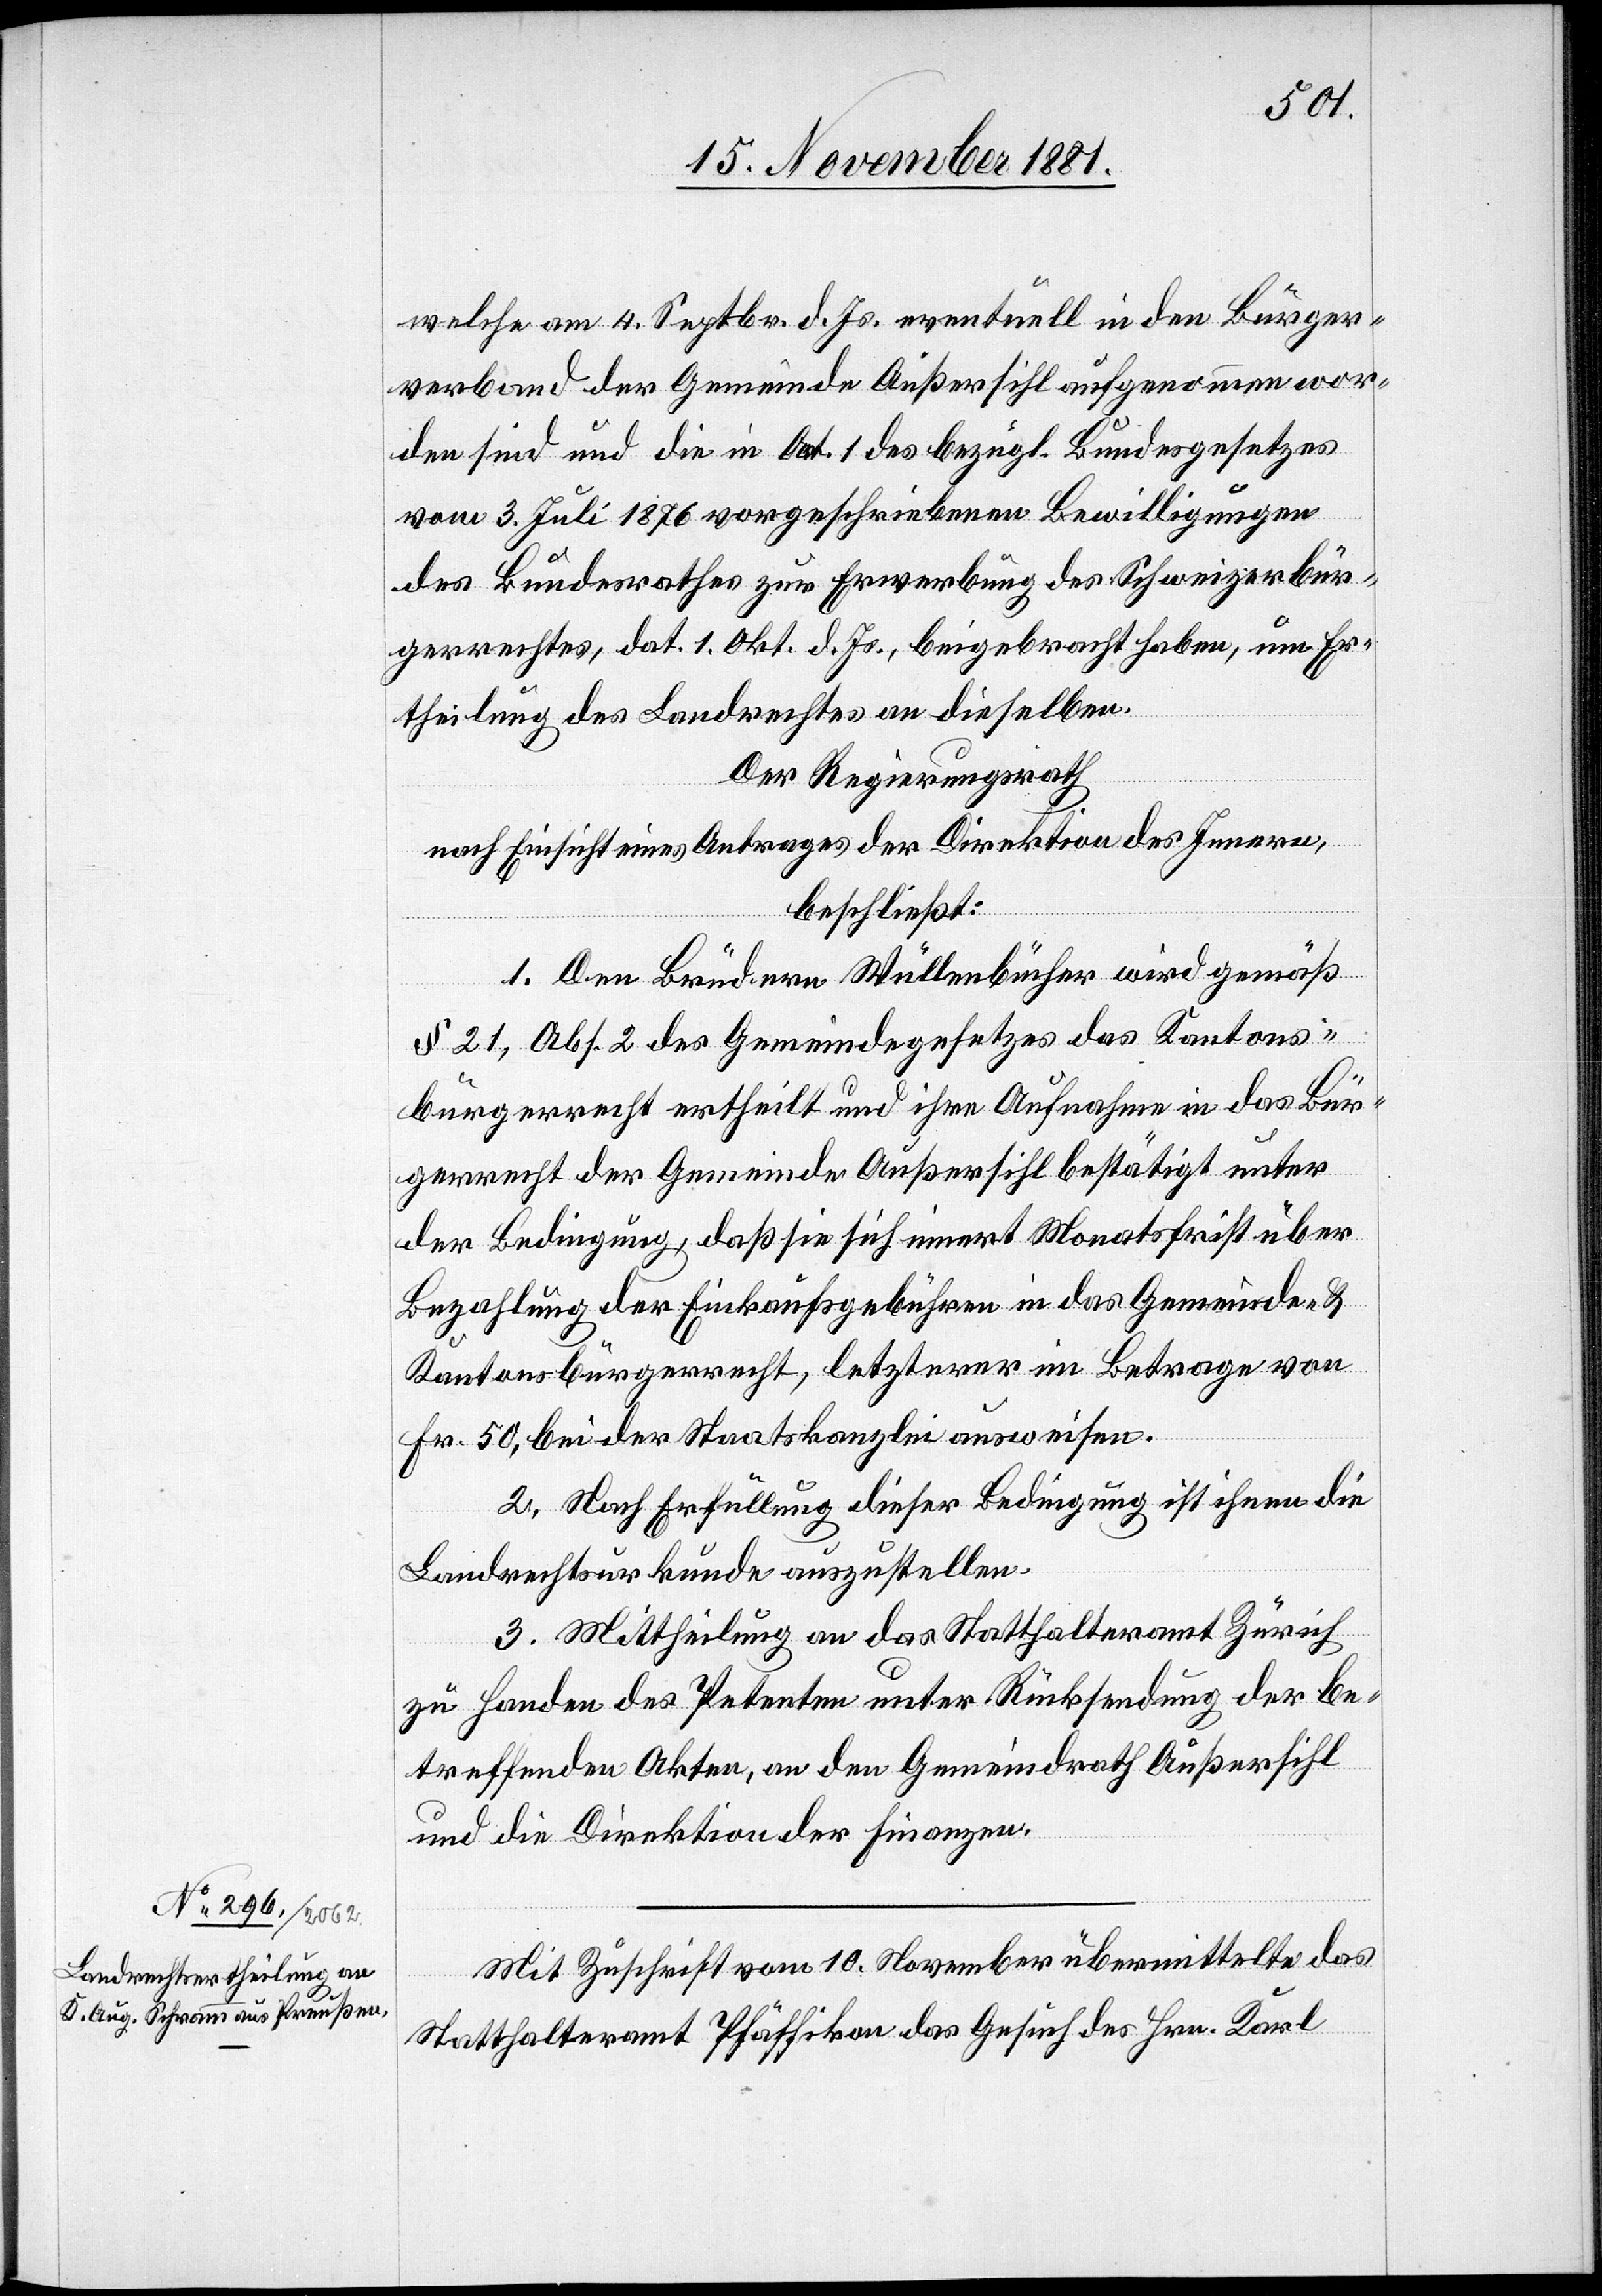
welche am 4. Septbr. d. Js. eventuell in den Bürger¬
verband der Gemeinde Außersihl aufgenommen wor¬
den sind und die in Art. 1 des bezügl. Bundesgesetzes
vom 3. Juli 1876 vorgeschriebenen Bewilligungen
des Bundesrathes zur Erwerbung des Schweizerbür¬
gerrechtes, dat. 1. Okt. d. Js., beigebracht haben, um Er¬
theilung des Landrechtes an dieselben.
Der Regierungsrath
nach Einsicht eines Antrages der Direktion des Innern,
beschließt:
I. Den Brüdern Wüllenbücher wird gemäß
§ 21, Abs. 2 des Gemeindegesetzes das Kantons¬
bürgerrecht ertheilt und ihre Aufnahme in das Bür¬
gerrecht der Gemeinde Außersihl bestätigt unter
der Bedingung, daß sie sich innert Monatsfrist über
Bezahlung der Einkaufsgebühren in das Gemeinde- &
Kantonsbürgerrecht, letzterer im Betrage von
Fr. 50, bei der Staatskanzlei ausweisen.
II. Nach Erfüllung dieser Bedingung ist ihnen die
Landrechtsurkunde auszustellen.
III. Mittheilung an das Statthalteramt Zürich
zu Handen des Petenten unter Rücksendung der be¬
treffenden Akten, an den Gemeindrath Außersihl
und an die Direktion der Finanzen.
Mit Zuschrift vom 10. November übermittelte das
Statthalteramt Pfäffikon das Gesuch des Hrn. Karl